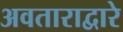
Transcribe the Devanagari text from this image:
अवताराद्वारे